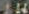
ME